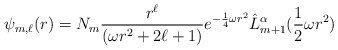
\begin{align*}\psi_{m,\ell}(r)=N_m\frac{r^{\ell}}{(\omega r^2+2\ell+1)}e^{-\frac{1}{4}\omega r^2}\hat{L}_{m+1}^{\alpha}(\frac{1}{2}\omega r^2)\end{align*}